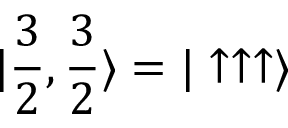
| \frac { 3 } { 2 } , \frac { 3 } { 2 } \rangle = | \uparrow \uparrow \uparrow \rangle